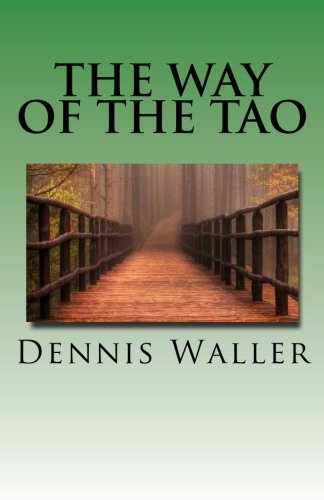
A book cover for The Way of the Tao, Living an Authentic Life: Lao Tzu's Tao Te Ching, A Treatise and Interpretation; Dennis M Waller; Religion & Spirituality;